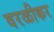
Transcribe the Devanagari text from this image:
वरळीकर